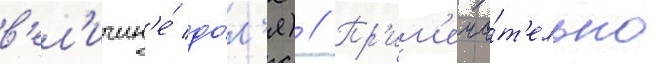
в'ел'ичин'е́ до́л'я) // Пр'им'еча́т'ельно